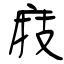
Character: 庪